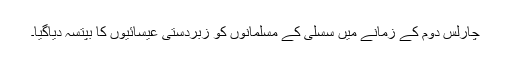
چارلس دوم کے زمانے میں سسلی کے مسلمانوں کو زبردستی عیسائیوں کا بپتسہ دیاگیا۔